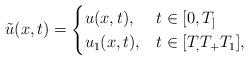
LaTeX: \begin{align*} \tilde{u}(x,t) = \begin{cases} u(x,t), &t\in[0,T_] \\ u_1(x,t), & t \in [T_,T_+T_1], \end{cases} \end{align*}